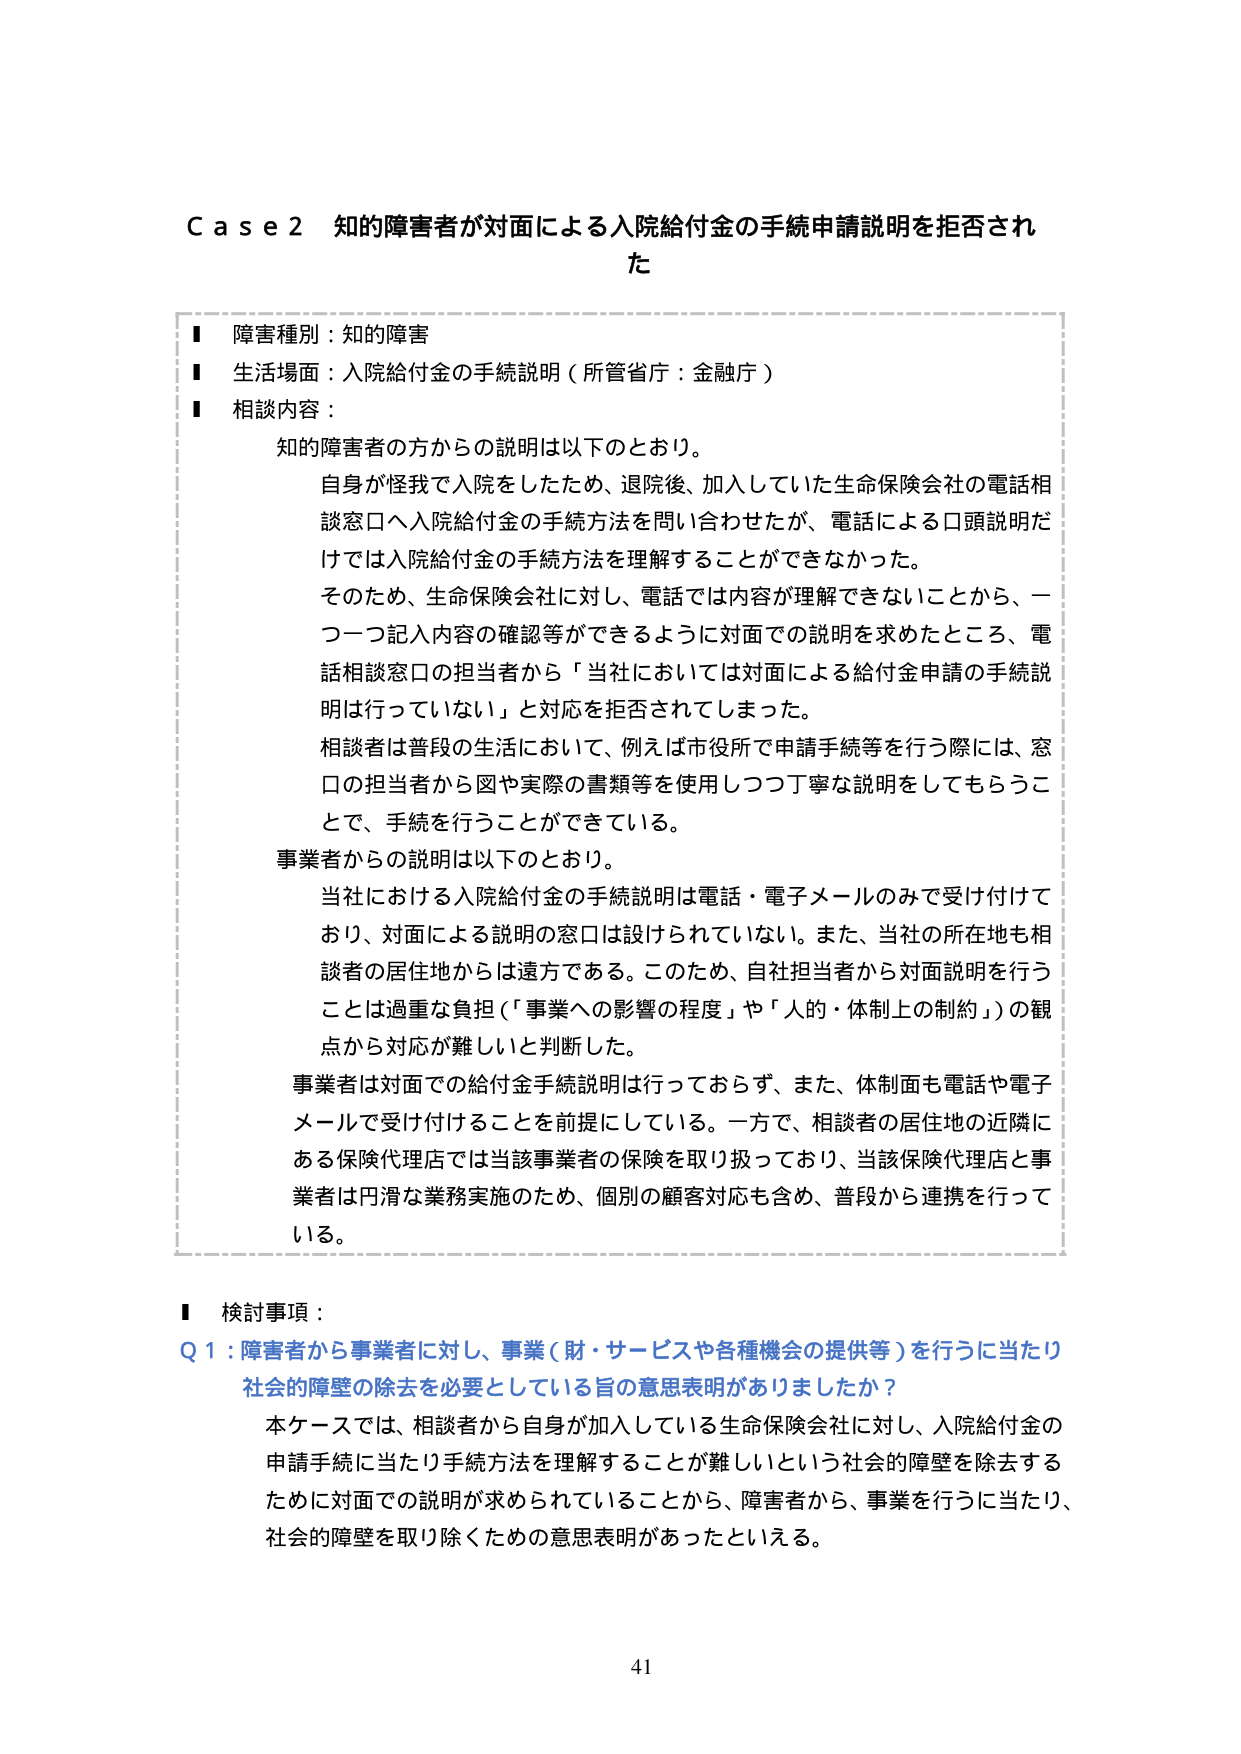
Case 2 知的障害者が対面による入院給付金の手続申請説明を拒否された

■ 障害種別：知的障害
■ 生活場面：入院給付金の手続説明（所管省庁：金融庁）
■ 相談内容：

知的障害者の方からの説明は以下のとおり。

自身が怪我で入院をしたため、退院後、加入していた生命保険会社の電話相談窓口へ入院給付金の手続方法を問い合わせたが、電話による口頭説明だけでは入院給付金の手続方法を理解することができなかった。

そのため、生命保険会社に対し、電話では内容が理解できないことから、一つ一つ記入内容の確認等ができるように対面での説明を求めたところ、電話相談窓口の担当者から「当社においては対面による給付金申請の手続説明は行っていない」と対応を拒否されてしまった。

相談者は普段の生活において、例えば市役所で申請手続等を行う際には、窓口の担当者から図や実際の書類等を使用しつつ丁寧な説明をしてもらうことで、手続を行うことができる。

事業者からの説明は以下のとおり。

当社における入院給付金の手続説明は電話・電子メールのみで受け付けており、対面による説明の窓口は設けられていない。また、当社の所在地も相談者の居住地からは遠方である。このため、自社担当者から対面説明を行うことは過重な負担（「事業への影響の程度」や「人的・体制上の制約」）の観点から対応が難しいと判断した。

事業者は対面での給付金手続説明は行っておらず、また、体制面も電話や電子メールで受け付けることを前提にしている。一方で、相談者の居住地の近隣にある保険代理店では当該事業者の保険を取り扱っており、当該保険代理店と事業者は円滑な業務実施のため、個別の顧客対応も含め、普段から連携を行っている。

■ 検討事項：

Q1：障害者から事業者に対し、事業（財・サービスや各種機会の提供等）を行うに当たり社会的障壁の除去を必要としている旨の意思表明がありましたか？

本ケースでは、相談者から自身が加入している生命保険会社に対し、入院給付金の申請手続に当たり手続方法を理解することが難しいという社会的障壁を除去するために対面での説明が求められていることから、障害者から、事業を行うに当たり、社会的障壁を取り除くための意思表明があったといえる。

41